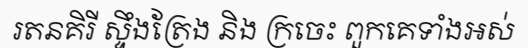
រតនគិរី ស្ទឹងត្រែង និង ក្រចេះ ពួកគេទាំងអស់